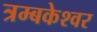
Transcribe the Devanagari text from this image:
त्रम्बकेश्वर